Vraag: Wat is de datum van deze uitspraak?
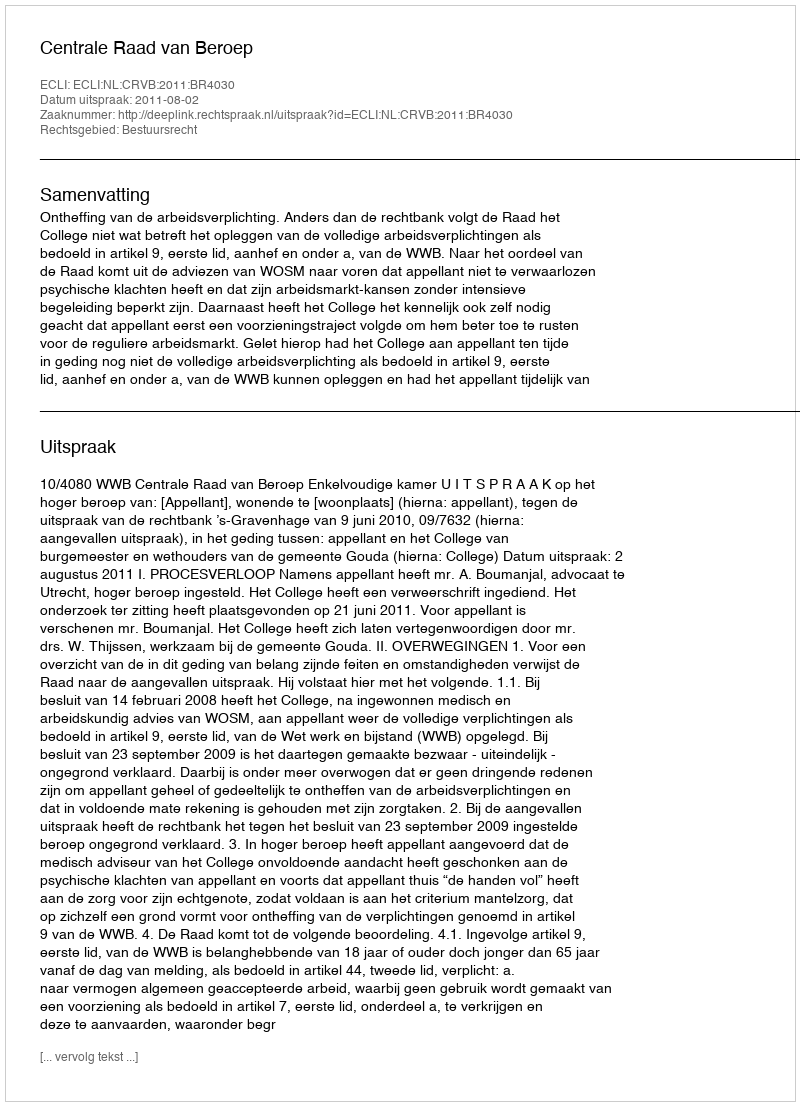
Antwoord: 2011-08-02